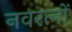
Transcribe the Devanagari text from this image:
नवरत्‍नों